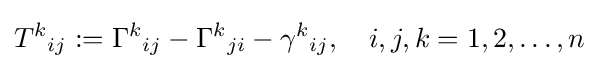
T^{k}{}_{ij}:=\Gamma ^{k}{}_{ij}-\Gamma ^{k}{}_{ji}-\gamma ^{k}{}_{ij},\quad i,j,k=1,2,\ldots ,n